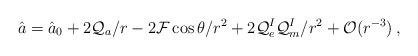
LaTeX: \begin{align*}\hat{a} = \hat{a}_{0} + 2{\cal Q}_{a}/r -2{\cal F}\cos\theta/r^{2} +2{\cal Q}_{e}^{I}{\cal Q}_{m}^{I}/r^{2} +{\cal O}(r^{-3}) \, ,\end{align*}